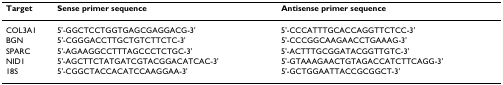
<table><thead><tr><td><b>Target</b></td><td><b>Sense primer sequence</b></td><td><b>Antisense primer sequence</b></td></tr></thead><tbody><tr><td>COL3A1</td><td>5&#x27;-GGCTCCTGGTGAGCGAGGACG-3&#x27;</td><td>5&#x27;-CCCATTTGCACCAGGTTCTCC-3&#x27;</td></tr><tr><td>BGN</td><td>5&#x27;-CGGGACCTTGCTGTCTTCTC-3&#x27;</td><td>5&#x27;-CCCGGCAAGAACCTGAAAG-3&#x27;</td></tr><tr><td>SPARC</td><td>5&#x27;-AGAAGGCCTTTAGCCCTCTGC-3&#x27;</td><td>5&#x27;-ACTTTGCGGATACGGTTGTC-3&#x27;</td></tr><tr><td>NID1</td><td>5&#x27;-AGCTTCTATGATCGTACGGACATCAC-3&#x27;</td><td>5&#x27;-GTAAAGAACTGTAGACCATCTTCAGG-3&#x27;</td></tr><tr><td>18S</td><td>5&#x27;-CGGCTACCACATCCAAGGAA-3&#x27;</td><td>5&#x27;-GCTGGAATTACCGCGGCT-3&#x27;</td></tr></tbody></table>